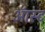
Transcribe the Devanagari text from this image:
ऑस्ट